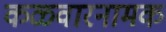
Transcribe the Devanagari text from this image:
कळवारनामक